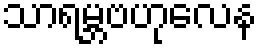
သာရမ္ဘဗဟုလေန